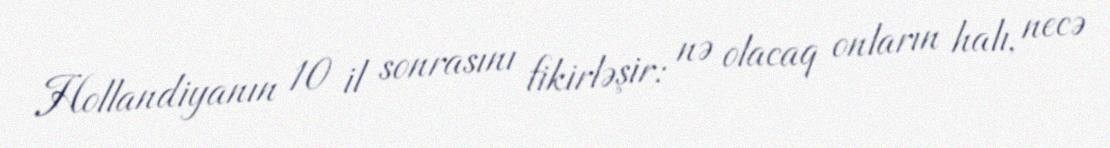
Hollandiyanın 10 il sonrasını fikirləşir: nə olacaq onların halı, necə